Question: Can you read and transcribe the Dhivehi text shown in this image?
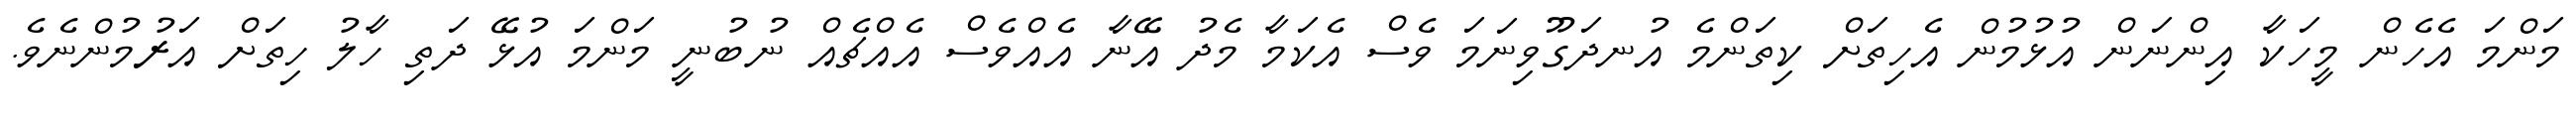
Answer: މަންމަ އެހެން މީހަކާ އިންނަން އުޅުމުން އެހިތަށް ކިތަންމެ އުނދަގޫވިނަމަ ވެސް އެކަމާ މެދު އޭނާ އެއްވެސް އެއްޗެއް ނުބުނީ މަންމަ އުޅޭ ދަތި ހާލު ހިތަށް އަރުމުންނެވެ.